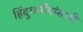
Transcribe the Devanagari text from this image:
हिंदुधर्मीयांसाठी